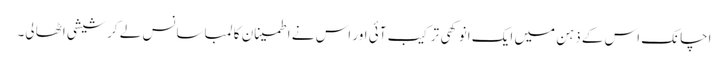
اچانک اس کے ذہن میں ایک انوکھی ترکیب آئی اور اس نے اطمینان کا لمبا سانس لے کر شیشی اٹھا لی۔